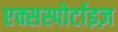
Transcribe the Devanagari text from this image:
एक्सस्पोर्टाइज़